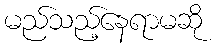
မည်သည့်နေရာမဆို